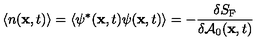
\langle n ( { \bf x } , t ) \rangle = \langle \psi ^ { * } ( { \bf x } , t ) \psi ( { \bf x } , t ) \rangle = - { \frac { \delta S _ { \mathrm { F } } } { \delta { \cal A } _ { 0 } ( { { \bf x } , t } ) } }